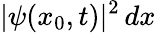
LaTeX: |\psi(x_{0},t)|^{2}\, dx